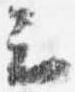
云